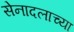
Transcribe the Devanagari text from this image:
सेनादलाच्या